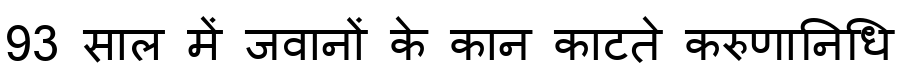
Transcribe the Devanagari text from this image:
93 साल में जवानों के कान काटते करुणानिधि